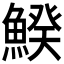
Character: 𩹍